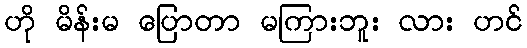
ဟို မိန်းမ ပြောတာ မကြားဘူး လား ဟင်